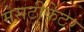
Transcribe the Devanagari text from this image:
मेसटीकेटर